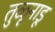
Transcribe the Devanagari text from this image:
तुळूनाडू